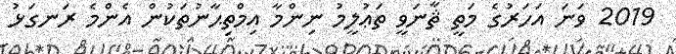
2019 ވަނަ އަހަރުގެ މަތީ ޘާނަވީ ތަޢުލީމު ނިންމާ އިމްތިޙާނުތަކުން އެންމެ ރަނގަޅު